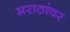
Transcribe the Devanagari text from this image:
मराठांवर